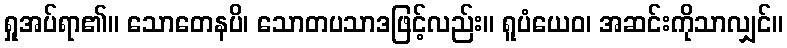
ရှုအပ်ရာ၏။ သောတေနပိ၊ သောတပသာဒဖြင့်လည်း။ ရူပံယေဝ၊ အဆင်းကိုသာလျှင်။